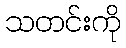
သတင်းကို